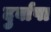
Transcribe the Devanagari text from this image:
दुर्वाषा